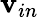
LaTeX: \mathbf{v}_{in}